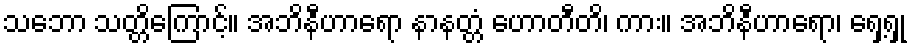
သဘော သတ္တိကြောင့်။ အဘိနီဟာရော နာနတ္တံ ဟောတီတိ၊ ကား။ အဘိနီဟာရော၊ ရှေ့ရှု